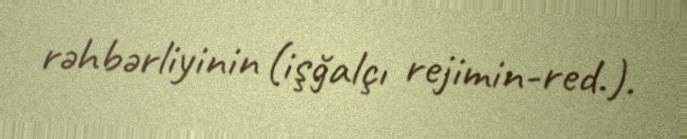
rəhbərliyinin (işğalçı rejimin-red.).